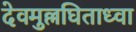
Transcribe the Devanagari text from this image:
देवमुल्लघिताध्वा